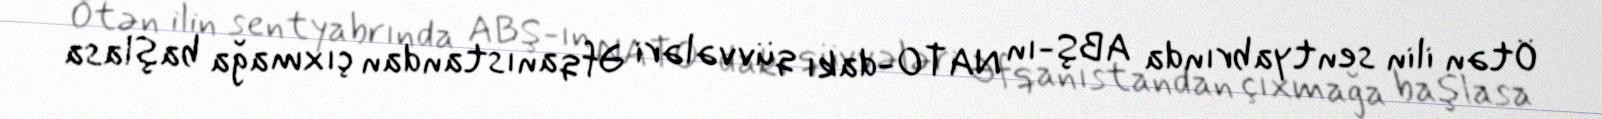
Ötən ilin sentyabrında ABŞ-ın NATO-dakı qüvvələri Əfqanıstandan çıxmağa başlasa